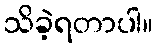
သိခဲ့ရတာပါ။